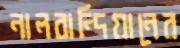
নালবান্দিয়ানের